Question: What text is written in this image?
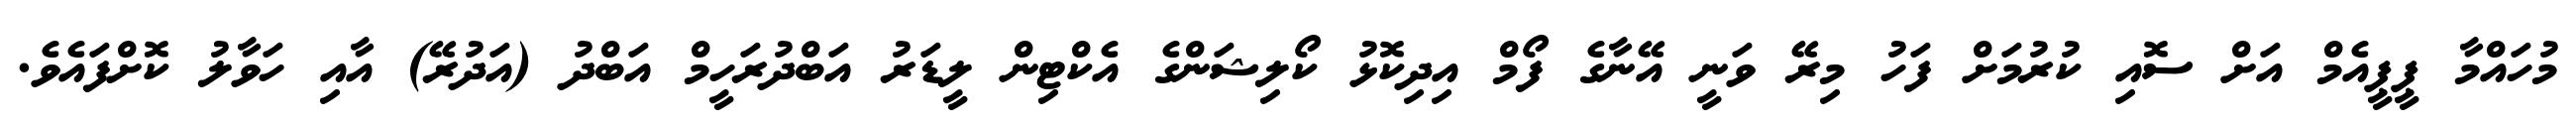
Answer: މުހައްމާ ޕީޕީއެމް އަށް ސޮއި ކުރުމަށް ފަހު މިރޭ ވަނީ އޭނާގެ ފޯމް އިދިކޮޅު ކޯލިޝަންގެ އެކްޓިން ލީޑަރު އަބްދުރަހީމް އަބްދު (އަދުރޭ) އާއި ހަވާލު ކޮށްފައެވެ.